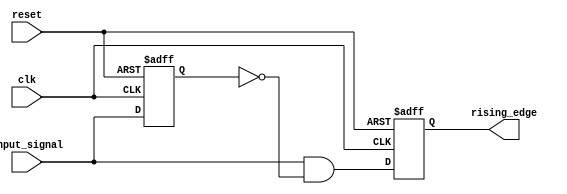
module rising_edge_detector (
    input wire clk,               // Clock signal
    input wire reset,             // Asynchronous reset signal
    input wire input_signal,      // Signal to detect rising edge
    output reg rising_edge        // Output signal indicating rising edge
);

    reg previous_state;           // Storage for the previous state of input_signal

    always @(posedge clk or posedge reset) begin
        if (reset) begin
            previous_state <= 1'b0; // Reset previous state to 0
            rising_edge <= 1'b0;     // Reset rising edge output
        end else begin
            // Detect rising edge
            rising_edge <= (input_signal && !previous_state);
            previous_state <= input_signal; // Update previous state
        end
    end

endmodule